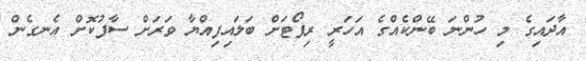
އާދައިގެ މި ހުންނަ ބޭންކެއްގެ އަހަރީ ރިޕޯޓަށް ބަލައިފިއްޔާ ވަރަށް ސާފުކޮށް އެނގެން